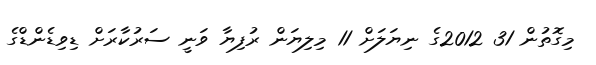
މިގޮތުން 31 2012ގެ ނިޔަލަށް 11 މިލިޔަން ރުފިޔާ ވަނީ ސަރުކާރަށް ޑިވިޑެންޑްގެ